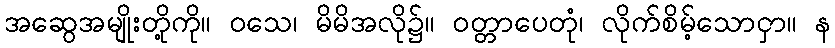
အဆွေအမျိုးတို့ကို။ ဝသေ၊ မိမိအလို၌။ ဝတ္တာပေတုံ၊ လိုက်စိမ့်သောငှာ။ န